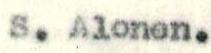
S. Alonen.